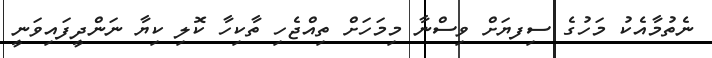
ނެތުމާއެކު މަހުގެ ސިފޔަށް ވިސްނާ މިމަހަށް ތިއްޖެހި ތާކިހާ ކޮލި ކިޔާ ނަންދީފައިވަނީ